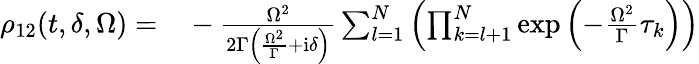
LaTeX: \begin{array}{rl}{\rho_{12}(t,\delta,\Omega)=}&{{}-\frac{\Omega^{2}}{2\Gamma\left(\frac{\Omega^{2}}{\Gamma}+\mathrm{i}\delta\right)}\sum_{l=1}^{N}\left(\prod_{k=l+1}^{N}\exp\left(-\frac{\Omega^{2}}{\Gamma}\tau_{k}\right)\right)}\end{array}